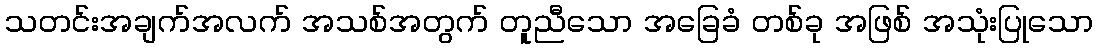
သတင်းအချက်အလက် အသစ်အတွက် တူညီသော အခြေခံ တစ်ခု အဖြစ် အသုံးပြုသော